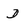
Character: D